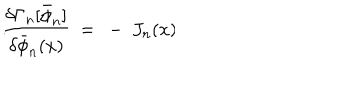
LaTeX: { \frac { \delta \Gamma _ { n } [ \bar { \phi } _ { n } ] } { \delta \bar { \phi } _ { n } ( x ) } } \ = \ - \ J _ { n } ( x ) \hspace { 1 . 5 c m } . \hspace { 0 . 5 c m } \,